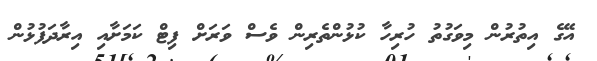
އޭގެ އިތުރުން މިވަގުތު ހުރިހާ ކުޅުންތެރިން ވެސް ވަރަށް ފިޓް ކަމަށާއި އިރާދަފުޅުން